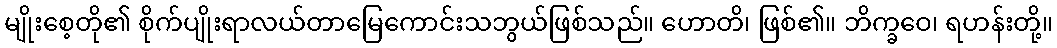
မျိုးစေ့တို၏ စိုက်ပျိုးရာလယ်တာမြေကောင်းသဘွယ်ဖြစ်သည်။ ဟောတိ၊ ဖြစ်၏။ ဘိက္ခဝေ၊ ရဟန်းတို့။